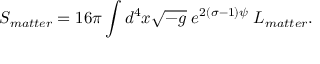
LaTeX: S _ { m a t t e r } = 1 6 \pi \int d ^ { 4 } x \sqrt { - g } \; e ^ { 2 ( \sigma - 1 ) \psi } \; L _ { m a t t e r } .